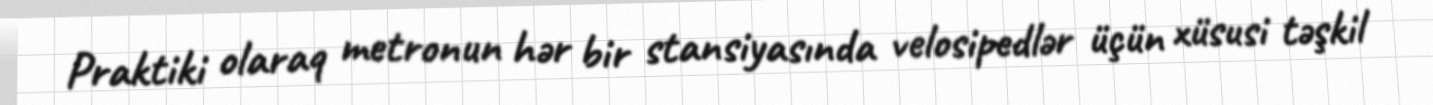
Praktiki olaraq metronun hər bir stansiyasında velosipedlər üçün xüsusi təşkil